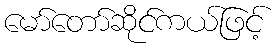
မော်တော်ဆိုင်ကယ်ဖြင့်